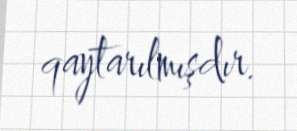
qaytarılmışdır.